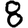
Digit: 8